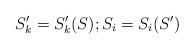
LaTeX: \begin{align*}S'_k=S'_k(S);S_i=S_i(S')\end{align*}